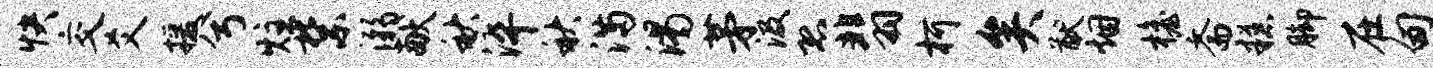
快交爻援兮炷禁溺献秋淬秋满渴茅汲恐翡柯矣猷烟檐斋糕脚在甸